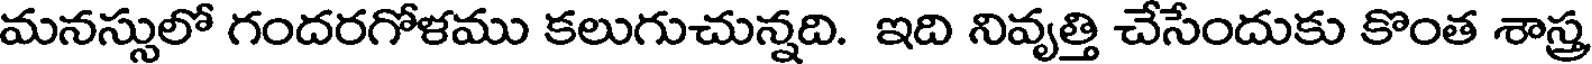
మనస్సులో గందరగోళము కలుగుచున్నది. ఇది నివృత్తి చేసేందుకు కొంత శాస్త్ర